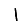
Digit: 1